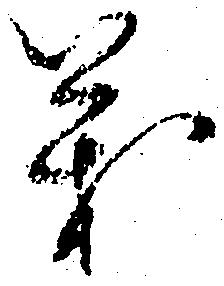
義